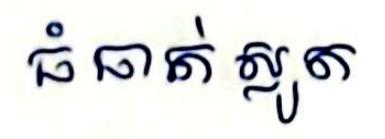
ធំធាត់ ស្លូត